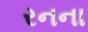
રનના